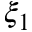
\xi _ { 1 }